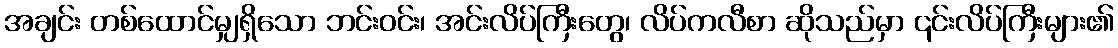
အချင်း တစ်ထောင်မျှရှိသော ဘင်းဝင်း၊ အင်းလိပ်ကြီးတွေ၊ လိပ်ကလီစာ ဆိုသည်မှာ ၎င်းလိပ်ကြီးများ၏